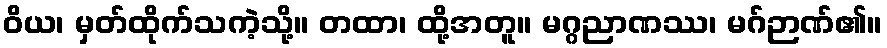
ဝိယ၊ မှတ်ထိုက်သကဲ့သို့။ တထာ၊ ထို့အတူ။ မဂ္ဂညာဏဿ၊ မဂ်ဉာဏ်၏။